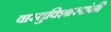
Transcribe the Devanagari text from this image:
वास्तुविशारदांनी